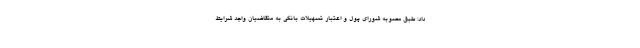
داد: طبق مصوبه شورای پول و اعتبار تسهیلات بانکی به متقاضیان واجد شرایط